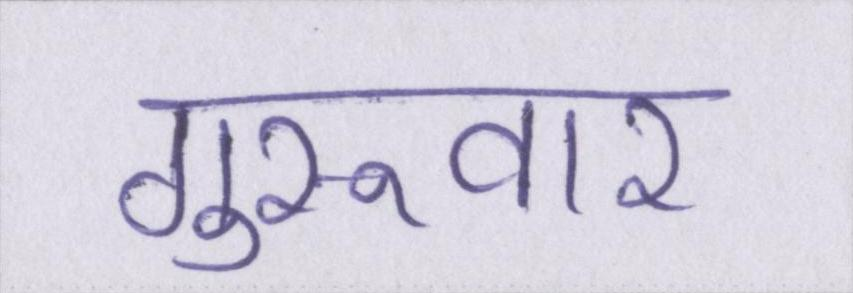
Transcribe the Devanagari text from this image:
गुरूवार